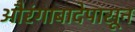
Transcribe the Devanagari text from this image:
औरंगाबादेपासून